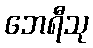
ဘေရီသု